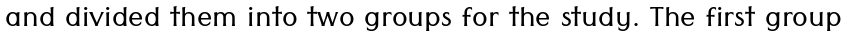
and divided them into two groups for the study. The first group